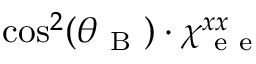
\cos ^ { 2 } ( \theta _ { \mathrm { ~ B ~ } } ) \cdot \chi _ { \mathrm { ~ e ~ e ~ } } ^ { x x }